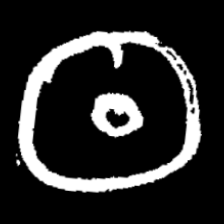
Pyu character \u2014 Myanmar letter: ထ (romanized: tha)